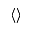
\langle \rangle